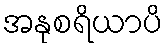
အနုစရိယာပိ